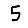
Digit: 5